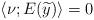
LaTeX: \begin{align*}\left< \nu; E(\widetilde{y}) \right> = 0 \end{align*}